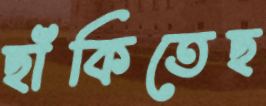
ছাঁকিতেছ